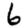
Digit: 6